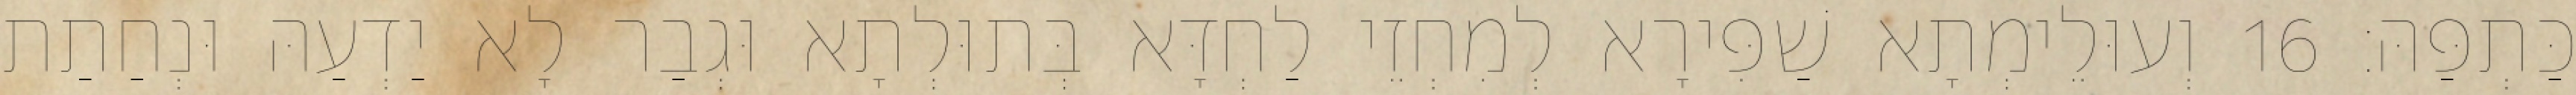
כַּתְפַּהּ׃ 16 וְעוּלֵימְתָא שַׁפִּירָא לְמִחְזֵי לַחְדָּא בְּתוּלְתָא וּגְבַר לָא יַדְעַהּ וּנְחַתַת